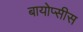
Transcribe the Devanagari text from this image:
बायोप्सीस